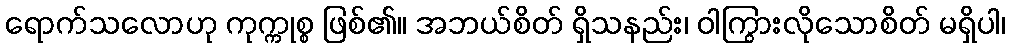
ရောက်သလောဟု ကုက္ကုစ္စ ဖြစ်၏။ အဘယ်စိတ် ရှိသနည်း၊ ဝါကြွားလိုသောစိတ် မရှိပါ၊